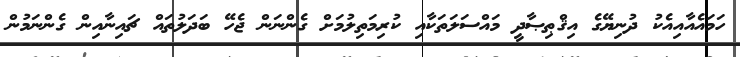
ހަމައެއާއިއެކު ދުނިޔޭގެ އިޤްޠިޞާދީ މައްސަލަތަކާއި ކުރިމަތިލުމަށް ގެންނަން ޖެހޭ ބަދަލުތައް ޗައިނާއިން ގެންނަމުން